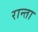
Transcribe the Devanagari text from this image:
रान्ता